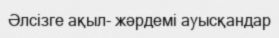
Әлсізге ақыл- жәрдемі ауысқандар